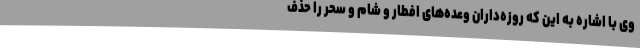
وی با اشاره به این که روزه‌داران وعده‌های افطار و شام و سحر را حذف